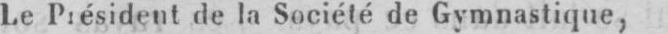
Le Président de la Société de Gymnastique,